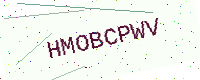
Text: HMOBCPWV